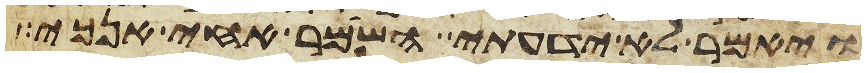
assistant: ויאמר לא ידעתי השמר אחי אנכי